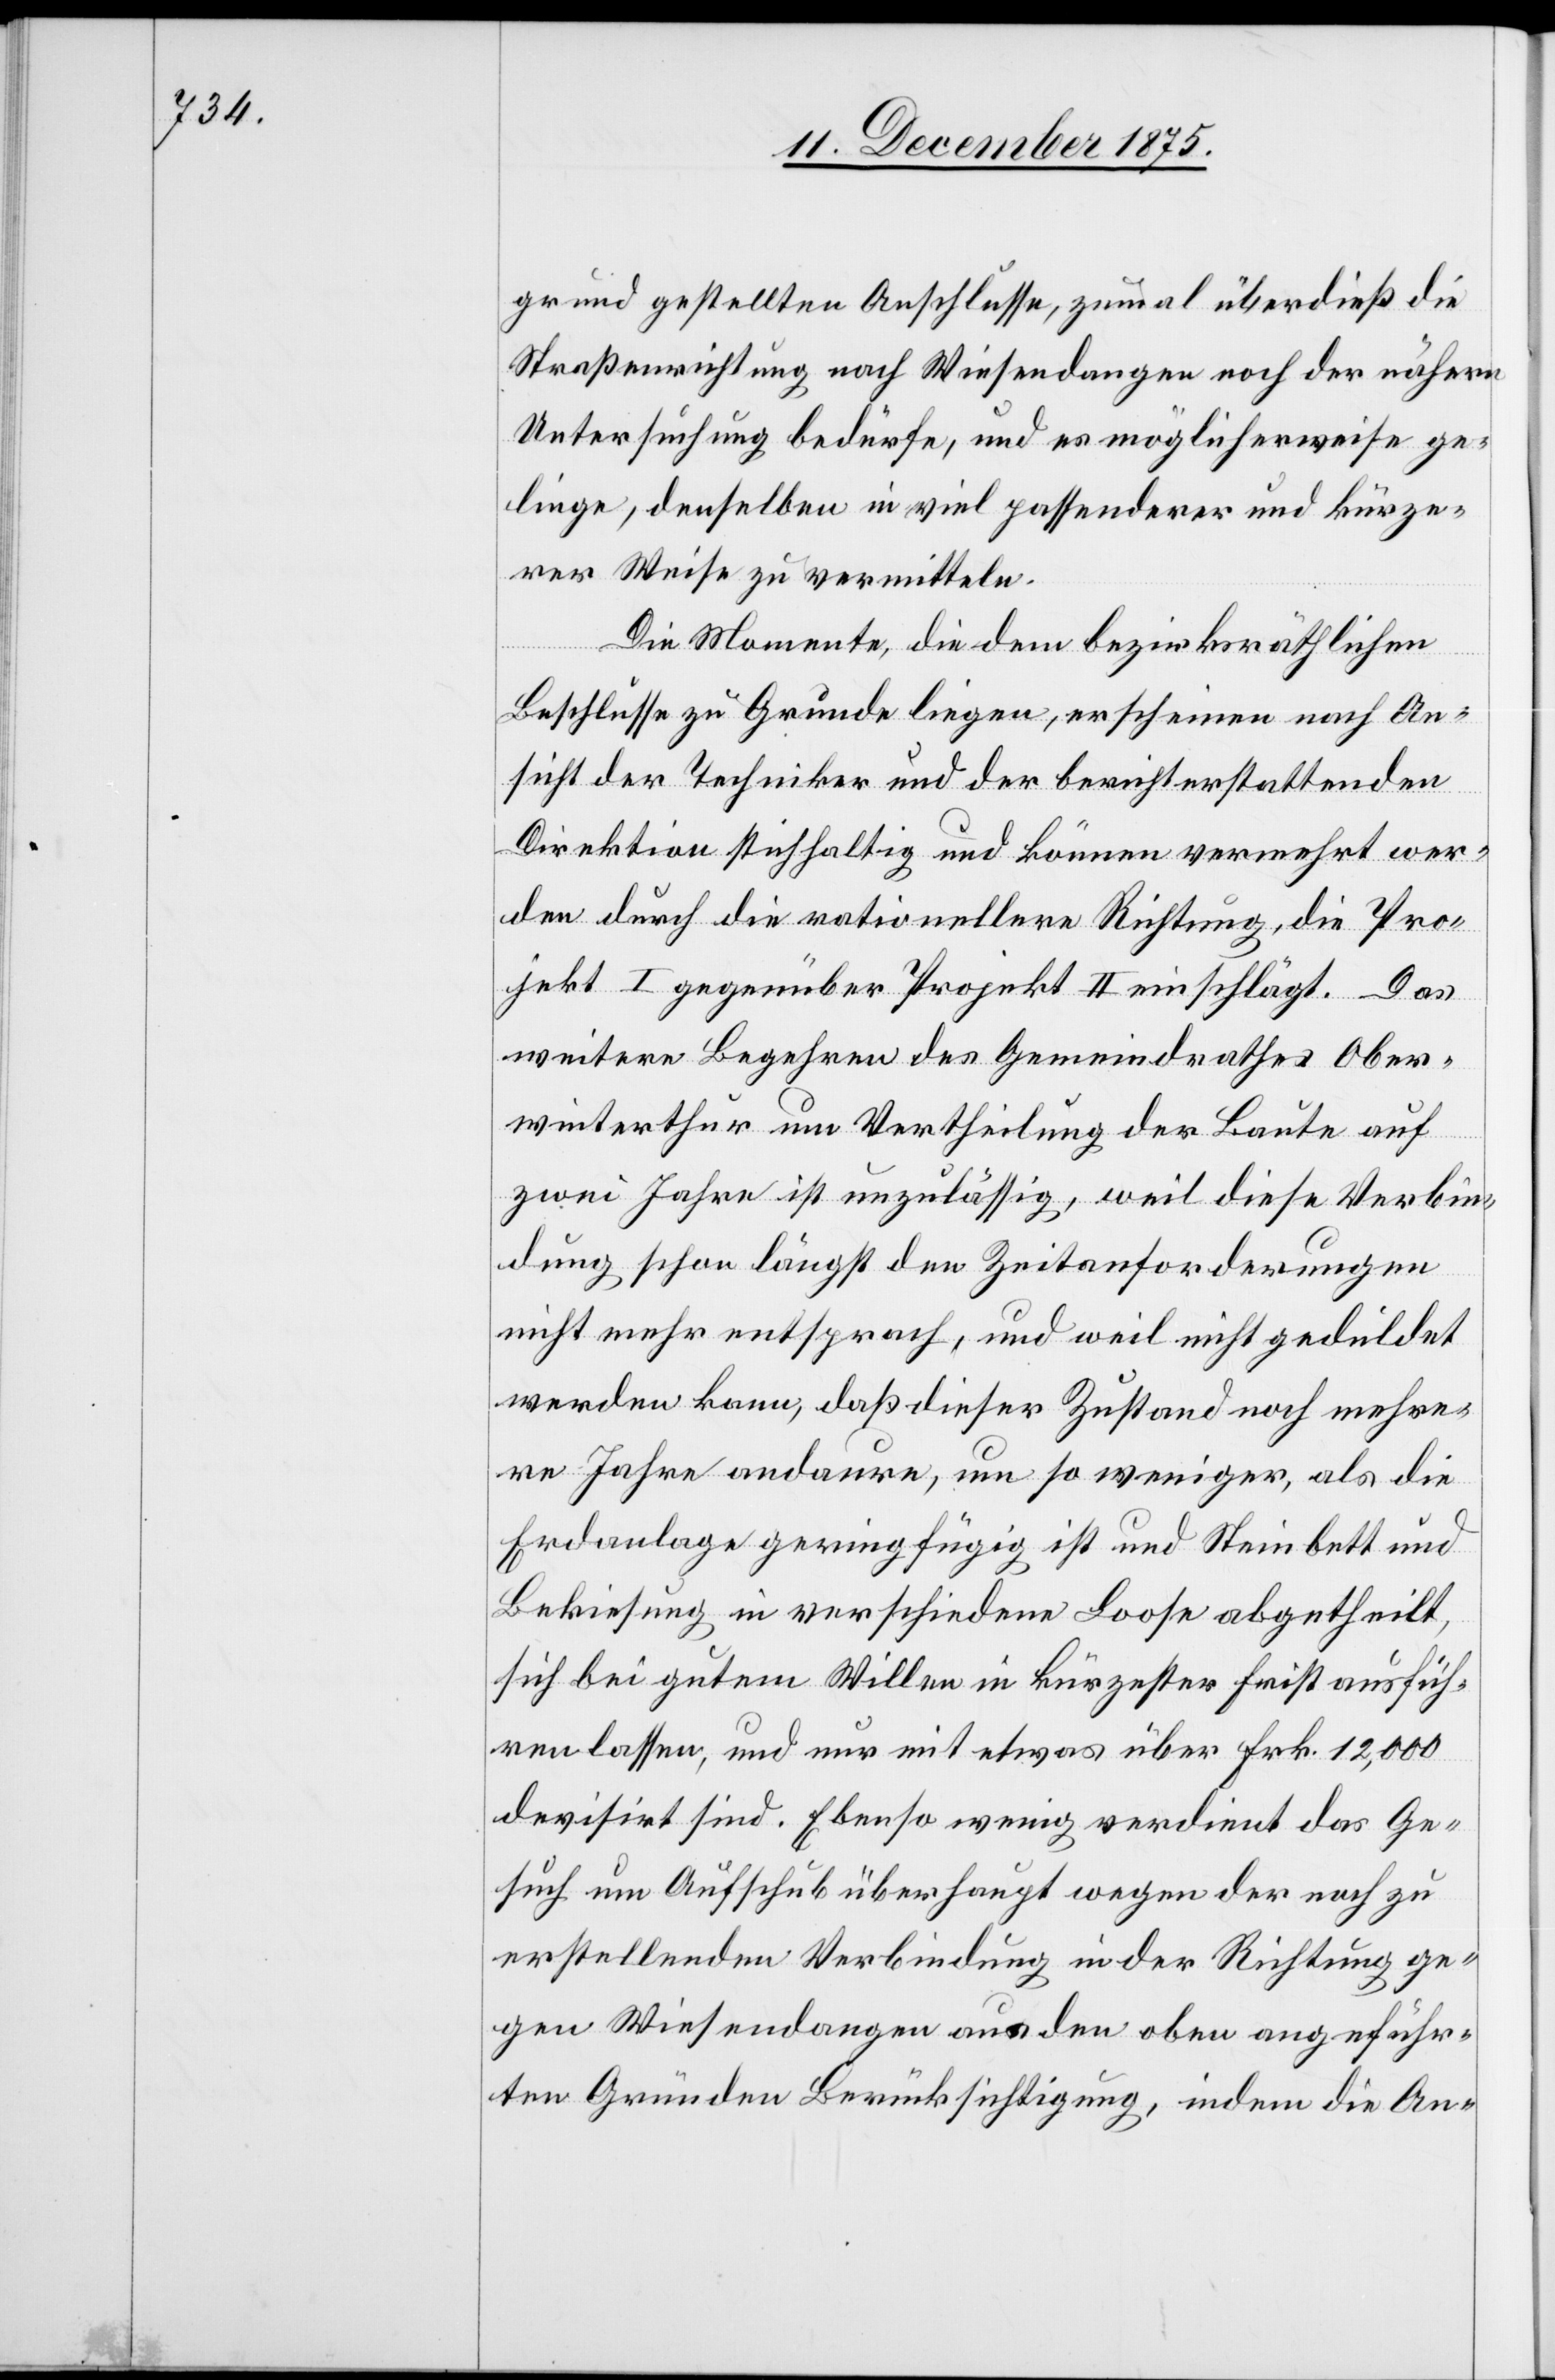
grund gestellten Anschlusse, zumal überdieß die
Straßenrichtung nach Wiesendangen noch der nähern
Untersuchung bedürfe, und es möglicherweise ge¬
linge, denselben in viel passenderer und kürze¬
rer Weise zu vermitteln.
Die Momente, die dem bezirksräthlichen
Beschlusse zu Grunde liegen, erscheinen nach An¬
sicht der Techniker und der berichterstattenden
Direktion stichhaltig und können vermehrt wer¬
den durch die rationellere Richtung, die Pro¬
jekt I gegenüber Projekt II einschlägt. Das
weitere Begehren des Gemeindrathes Ober¬
winterthur um Vertheilung der Baute auf
zwei Jahre ist unzulässig, weil diese Verbin¬
dung schon längst den Zeitforderungen
nicht mehr entsprach, und weil nicht geduldet
werden kann, daß dieser Zustand noch mehre¬
re Jahre andaure, um so weniger, als die
Erdanlage geringfügig ist und Steinbett und
Bekiesung in verschiedene Loose abgetheilt,
sich bei gutem Willen in kürzester Frist ausfüh¬
ren lassen, und nur mit etwas über Frk. 12,000
devisirt sind. Ebenso wenig verdient das Ge¬
such um Aufschub überhaupt wegen der noch zu
erstellenden Verbindung in der Richtung ge¬
gen Wiesendangen aus den obern angeführ¬
ten Gründen Berücksichtigung, indem die An-